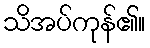
သိအပ်ကုန်၏။